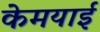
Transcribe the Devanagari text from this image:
केमयाई